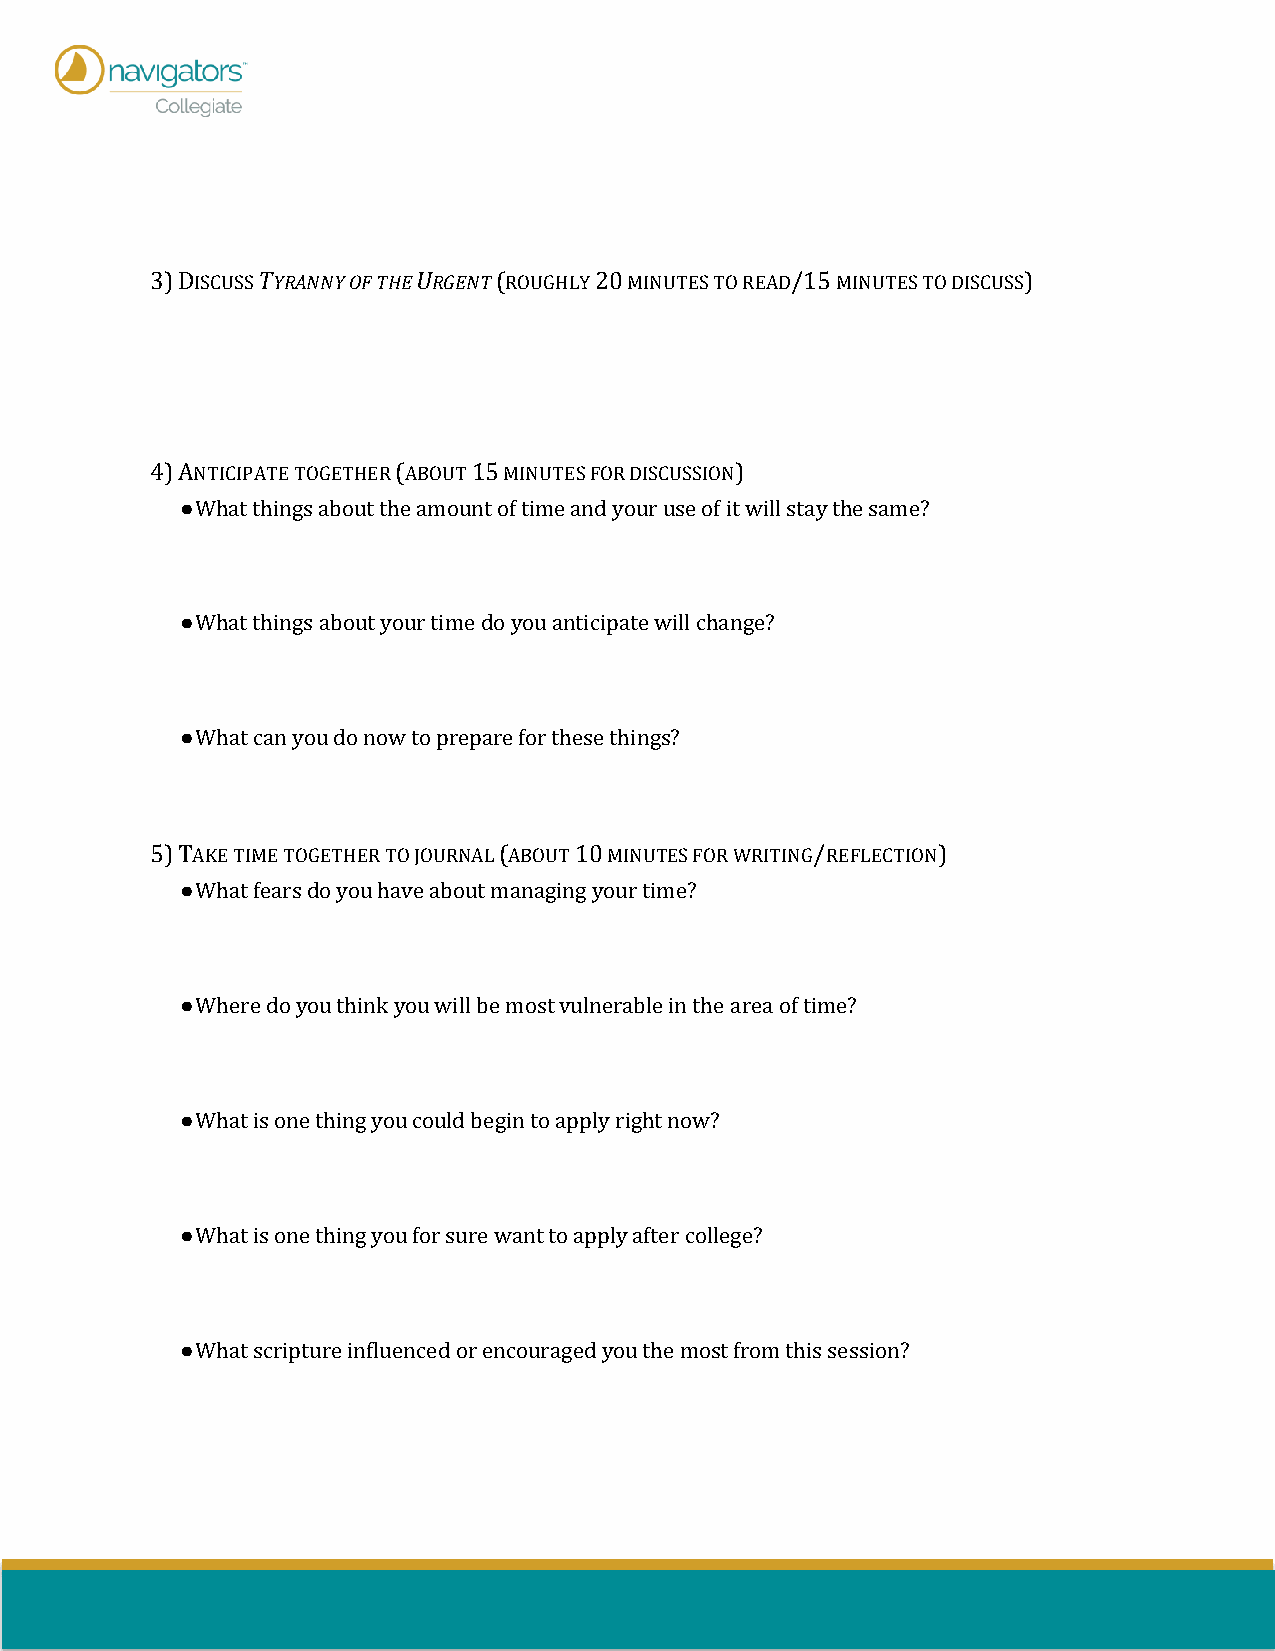
3) DISCUSS TYRANNY OF THE URGENT (ROUGHLY 20 MINUTES TO READ/15 MINUTES TO DISCUSS)
 4) ANTICIPATE TOGETHER (ABOUT 15 MINUTES FOR DISCUSSION)
 ● What things about the amount of time and your use of it will stay the same?
 ● What things about your time do you anticipate will change?
 ● What can you do now to prepare for these things?
 5) TAKE TIME TOGETHER TO JOURNAL (ABOUT 10 MINUTES FOR WRITING/REFLECTION)
 ● What fears do you have about managing your time?
 ● Where do you think you will be most vulnerable in the area of time?
 ● What is one thing you could begin to apply right now?
 ● What is one thing you for sure want to apply after college?
 ● What scripture influenced or encouraged you the most from this session?